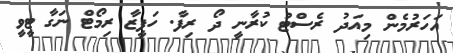
އަހަރުމެން މިއަދު ރެސްޓު ކުރާނީ ދޯ ރިފާ. ހަފީޒާ ރިމޯޓް ނަގާ ޓީވީ